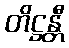
တိဋ္ဌန္တီ